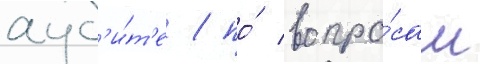
ауд'и́т'е / по́ вопро́сам